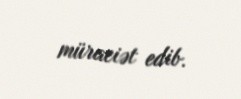
müraciət edib.